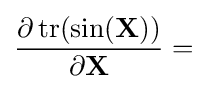
{\frac {\partial \operatorname {tr} (\sin(\mathbf {X} ))}{\partial \mathbf {X} }}=